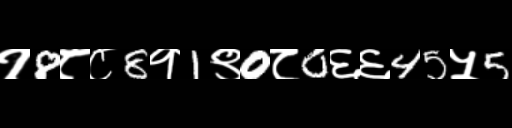
Text: १8८८8१1९0८0६६45५5